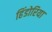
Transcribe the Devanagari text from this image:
हिंडोरिया